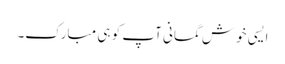
ایسی خوش گمانی آپ کو ہی مبارک۔